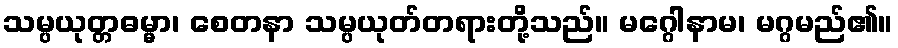
သမ္ပယုတ္တဓမ္မာ၊ စေတနာ သမ္ပယုတ်တရားတို့သည်။ မဂ္ဂေါနာမ၊ မဂ္ဂမည်၏။